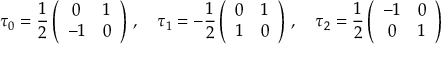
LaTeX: \tau _ { 0 } = \frac 1 2 \left( \begin{array} { c c } { { 0 } } & { { 1 } } \\ { { - 1 } } & { { 0 } } \end{array} \right) \, , \quad \tau _ { 1 } = - \frac 1 2 \left( \begin{array} { c c } { { 0 } } & { { 1 } } \\ { { 1 } } & { { 0 } } \end{array} \right) \, , \quad \tau _ { 2 } = \frac 1 2 \left( \begin{array} { c c } { { - 1 } } & { { 0 } } \\ { { 0 } } & { { 1 } } \end{array} \right) \,